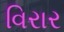
વિરાર